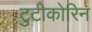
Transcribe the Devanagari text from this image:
टुटीकोरिन